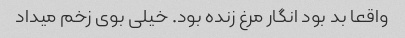
واقعا بد بود انگار مرغ زنده بود. خیلی بوی زخم میداد